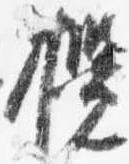
撹